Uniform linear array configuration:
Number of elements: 24
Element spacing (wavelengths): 1
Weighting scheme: kaiser
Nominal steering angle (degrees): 60
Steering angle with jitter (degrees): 59.238
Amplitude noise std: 0.05
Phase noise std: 0.05

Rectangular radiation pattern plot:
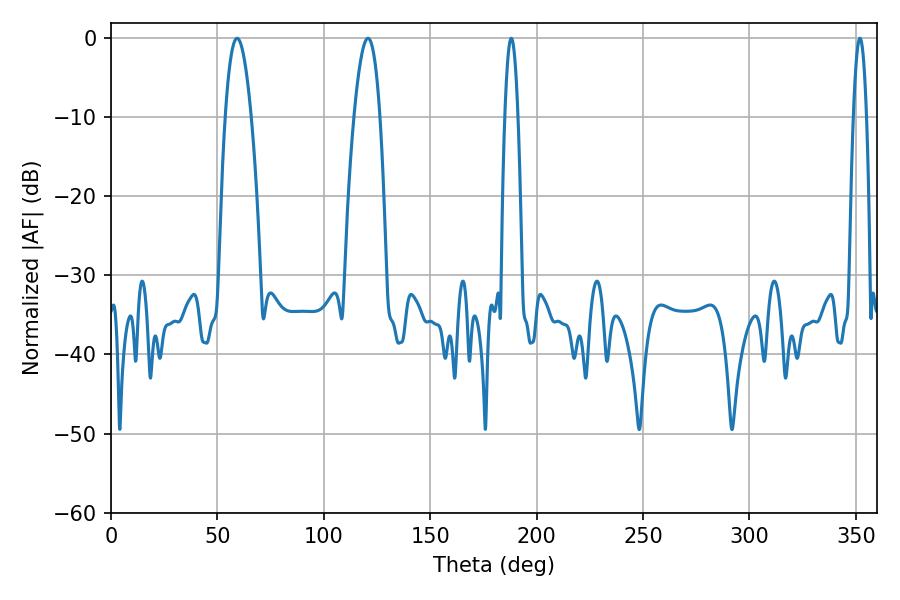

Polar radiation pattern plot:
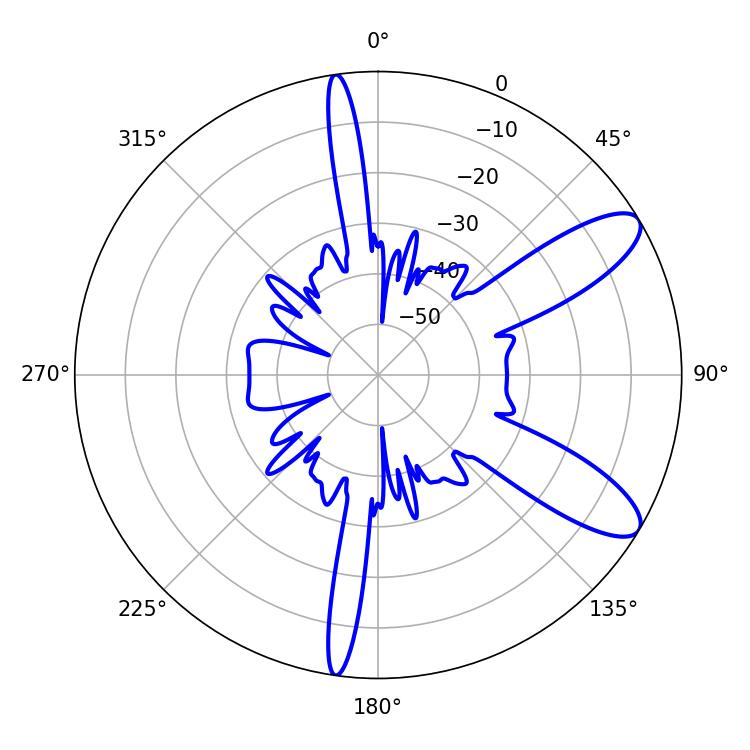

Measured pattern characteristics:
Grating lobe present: TRUE
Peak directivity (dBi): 10.018
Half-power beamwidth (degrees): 6.66
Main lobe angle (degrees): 59.22